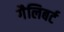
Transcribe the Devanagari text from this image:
गैलिबर्ट